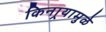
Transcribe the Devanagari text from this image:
किनार्‍यामुळे